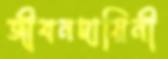
জীবনদায়িনী